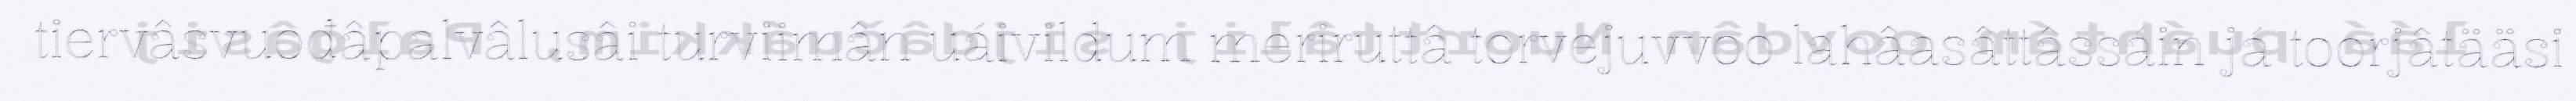
tiervâsvuođâpalvâlusâi turviimân uáivildum meriruttâ torvejuvvoo lahâasâttâssáin já toorjâtääsi